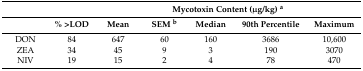
| <COLSPAN=2>  | <COLSPAN=5> Mycotoxin Content (μg/kg) a |
 |  | % >LOD | Mean | SEM b | Median | 90th Percentile | Maximum |
 | --- | --- | --- | --- | --- | --- | --- |
 | DON | 84 | 647 | 60 | 160 | 3686 | 10,600 |
 | ZEA | 34 | 45 | 9 | 3 | 190 | 3070 |
 | NIV | 19 | 15 | 2 | 4 | 78 | 470 |